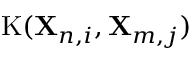
\mathrm { K } ( \mathbf { X } _ { n , i } , \mathbf { X } _ { m , j } )